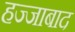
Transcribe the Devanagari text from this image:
हज्जाबाद